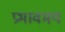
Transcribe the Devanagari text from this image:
प्रभावमय